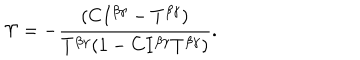
\Upsilon = - \frac { ( C I ^ { \beta \gamma } - T ^ { \beta \gamma } ) } { T ^ { \beta \gamma } ( 1 - C I ^ { \beta \gamma } T ^ { \beta \gamma } ) } .